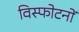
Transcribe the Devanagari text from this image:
विस्फोटनों